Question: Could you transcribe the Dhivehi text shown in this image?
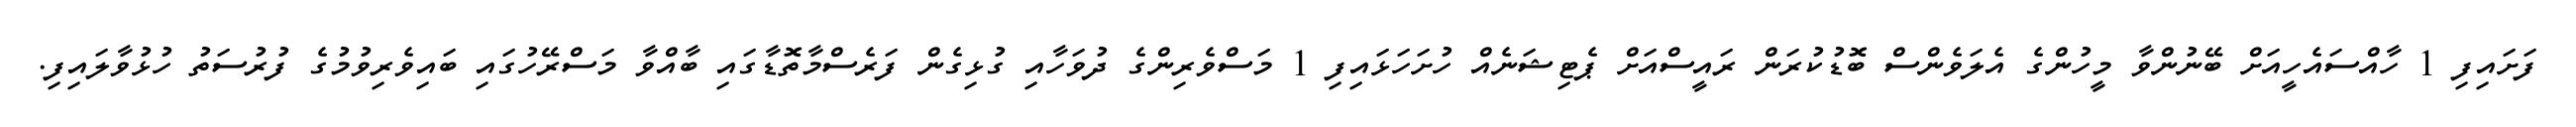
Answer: ފަށައިފި 1 ހާއްސައެހީއަށް ބޭނުންވާ މީހުންގެ އެލަވެންސް ބޮޑުކުރަން ރައީސްއަށް ޕެޓިޝަނެއް ހުށަހަޅައިފި 1 މަސްވެރިންގެ ދުވަހާއި ގުޅިގެން ފަރެސްމާތޮޑާގައި ބާއްވާ މަސްރޭހުގައި ބައިވެރިވުމުގެ ފުރުސަތު ހުޅުވާލައިފި.